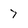
Character: 7